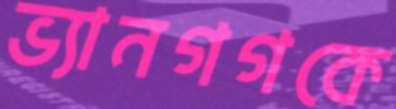
ভ্যানগগকে